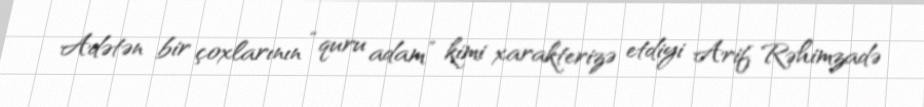
Adətən bir çoxlarının “quru adam” kimi xarakterizə etdiyi Arif Rəhimzadə